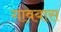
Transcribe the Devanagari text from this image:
गावयास